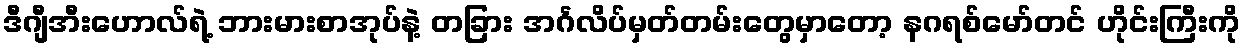
ဒီဂျီအီးဟောလ်ရဲ့ ဘားမားစာအုပ်နဲ့ တခြား အင်္ဂလိပ်မှတ်တမ်းတွေမှာတော့ နဂရစ်မော်တင် ဟိုင်းကြီးကို